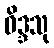
ဝိဒ္ဒသု